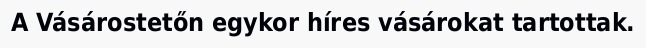
A Vásárostetőn egykor híres vásárokat tartottak.